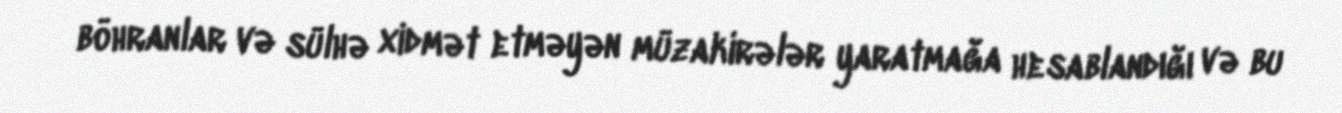
böhranlar və sülhə xidmət etməyən müzakirələr yaratmağa hesablandığı və bu